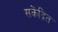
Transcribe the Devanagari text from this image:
सकेंद्रित